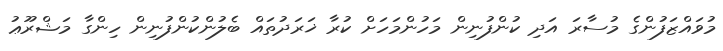
މުވައްޒަފުންގެ މުސާރަ އަދި ކުންފުނިން މަހުންމަހަށް ކުރާ ޚަރަދުތައް ބެލުންކުންފުނިން ހިންގާ މަޝްރޫޢު